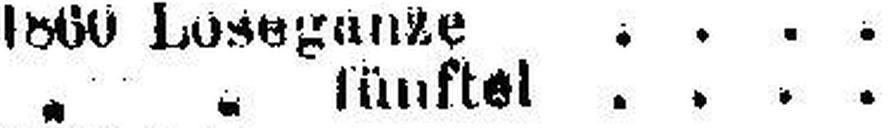
„ „ fünftel